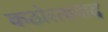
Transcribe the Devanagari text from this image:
कठोरतावाद